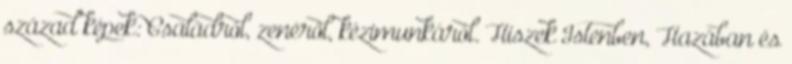
század képek: Családról, zenéről, kézimunkáról. Hiszek Istenben, Hazában és